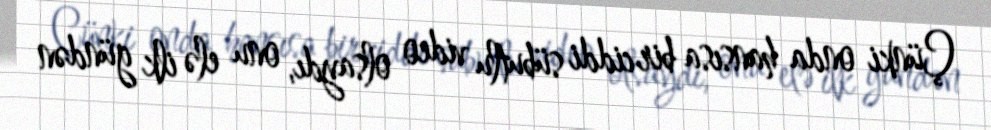
Çünki onda hansısa bir ciddi sübutlu video olsaydı, onu elə ilk gündən